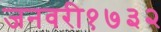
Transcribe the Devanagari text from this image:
जनवरी१७३२